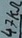
Text: 47KΩ